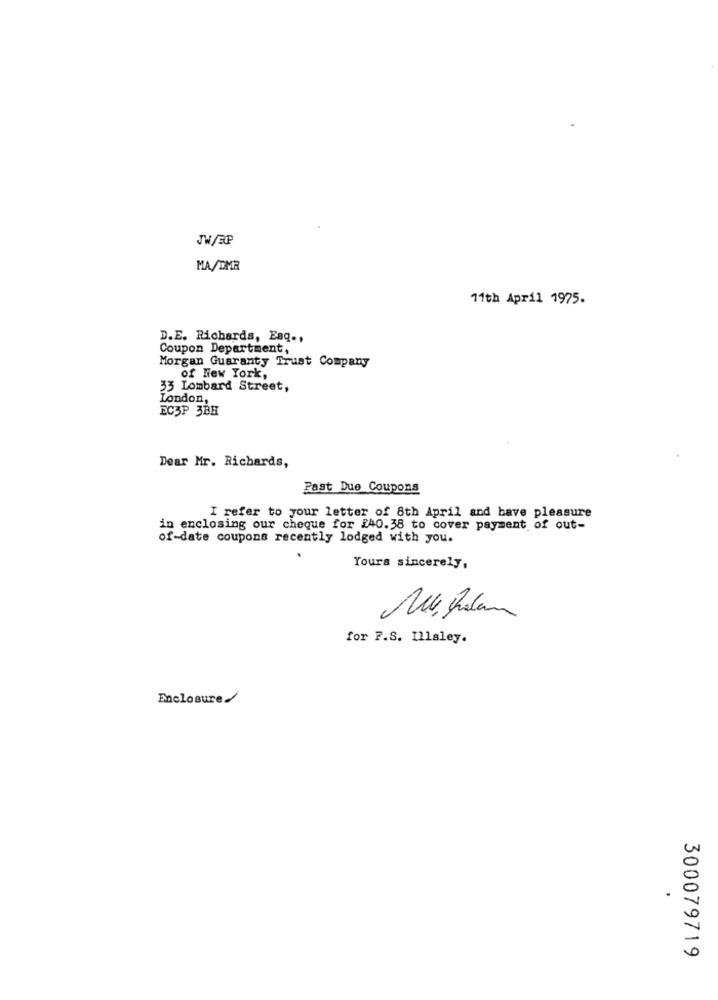
JW/BP
MA/DMR
11th April 1975.
D.E. Richards, Esq .,
Coupon Department,
Morgan Guaranty Trust Company
of New York,
33 Lombard Street,
London,
EC3P 3BH
Dear Mr. Richards,
Past Due Coupons
I refer to your letter of 8th April and bave pleasure
in enclosing our cheque for 240.38 to cover payment of out-
of-date coupons recently lodged with you.
Yours sincerely,
for 7.S. Illaley.
Enclosure/
300079719